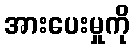
အားပေးမှုကို